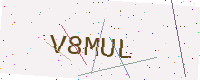
Text: V8MUL